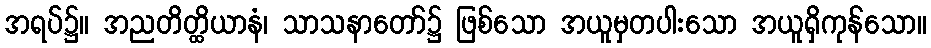
အရပ်၌။ အညတိတ္ထိယာနံ၊ သာသနာတော်၌ ဖြစ်သော အယူမှတပါးသော အယူရှိကုန်သော။